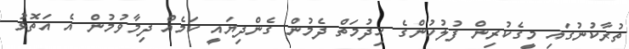
ތުރާކުނުގައި މީގެކުރިން ފުލުހުންގެ ހިދުމަތް ދެމުން ގެންދިޔައީ ކަމެއް ދިމާވުމުން އެ އަތޮޅު